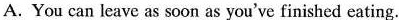
A.You can leave as soon as you've finished eating.